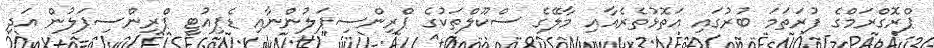
ޕްރޮގްރަމްގެ ފުރަތަމަ ބުރުގައި އަތޮޅުތެރެއާއި މާލޭގެ ސްކޫލްތަކުގެ ޕްރިންސިޕަލުންނާއި ޑެޕިއުޓީ ޕްރިންސިޕަލުން އަދި